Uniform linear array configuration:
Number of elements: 4
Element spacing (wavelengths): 0.25
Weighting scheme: binomial
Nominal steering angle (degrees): -15
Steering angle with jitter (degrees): -14.455
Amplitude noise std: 0.05
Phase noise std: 0.05

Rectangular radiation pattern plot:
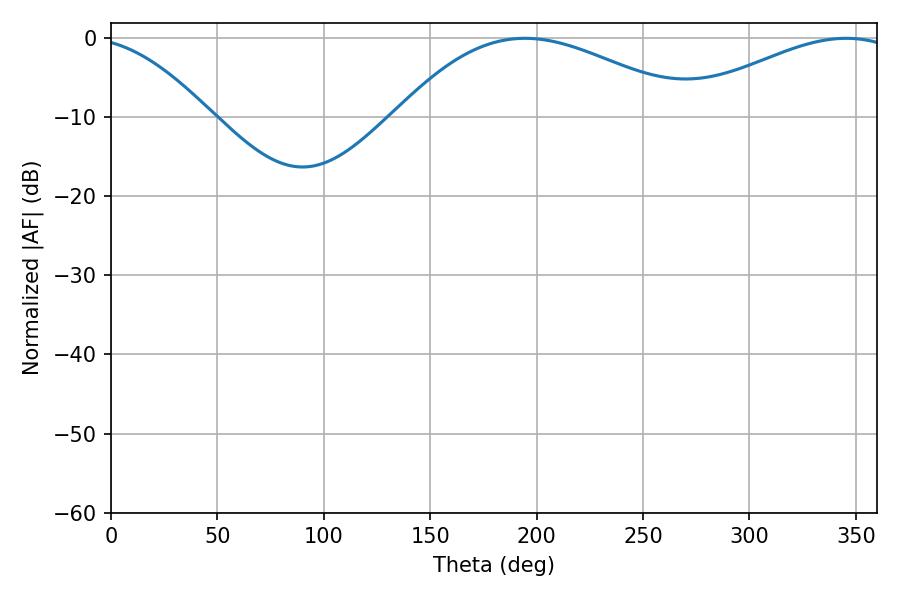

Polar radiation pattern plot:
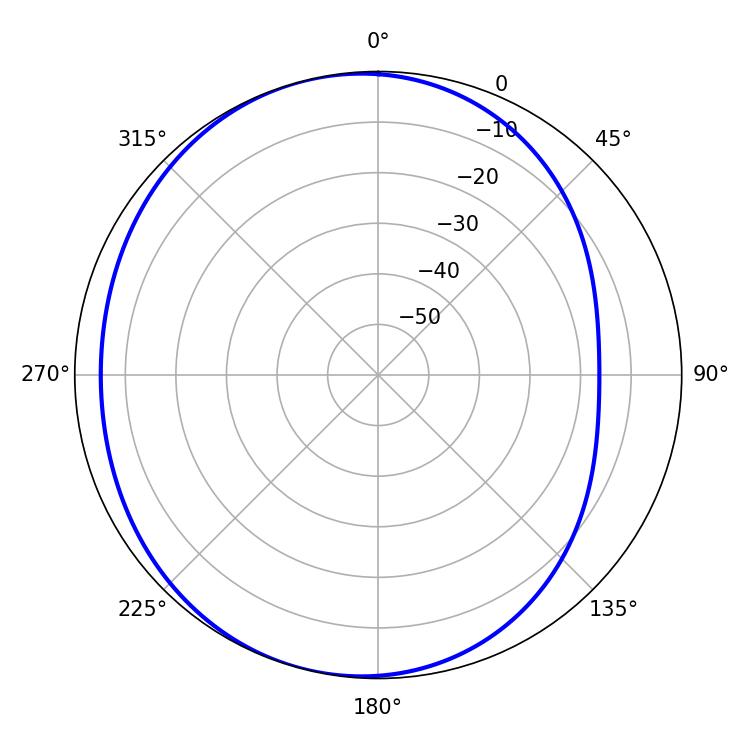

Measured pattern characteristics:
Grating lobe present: FALSE
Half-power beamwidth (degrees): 75.96
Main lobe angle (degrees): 194.58